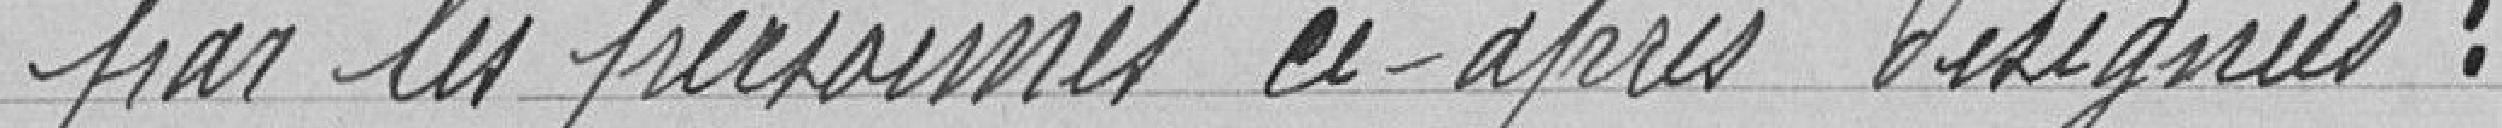
par les personnes ci-après désignées :